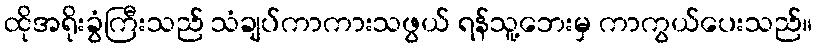
ထိုအရိုးခွံကြီးသည် သံချပ်ကာကားသဖွယ် ရန်သူ့ဘေးမှ ကာကွယ်ပေးသည်။